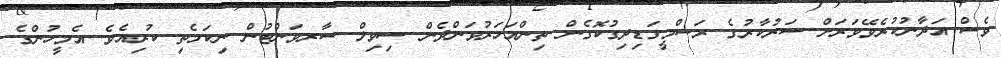
ވެސް އަދާނުކުރެވޭވަރަށް ސަރުކާރުގެ ރަސްމީގަޑިދިގުކޮގެން ތިންއަހަރުވަންދެން ސިވިލް ސާރވަންޓުން ނިކަމެތި ކުރިއެވެ. އެމީހުންގެ